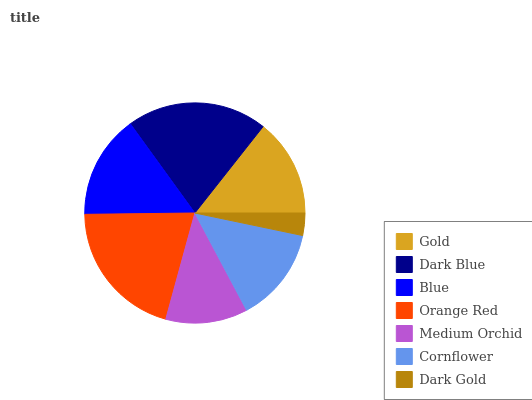
| Gold | Dark Blue | Blue | Orange Red | Medium Orchid | Cornflower | Dark Gold |
 | --- | --- | --- | --- | --- | --- | --- |
 | 14.4% | 20.6% | 15.2% | 20.6% | 12% | 14% | 3.28% |